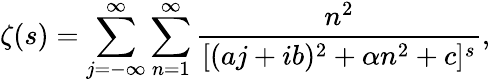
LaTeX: \zeta(s)=\sum_{j=-\infty}^{\infty}\sum_{n=1}^{\infty}{\frac{n^{2}}{[(aj+ib)^{2}+\alpha n^{2}+c]^{s}}},